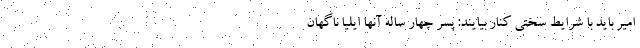
امیر باید با شرایط سختی کنار بیایند: پسر چهار ساله آنها ایلیا ناگهان